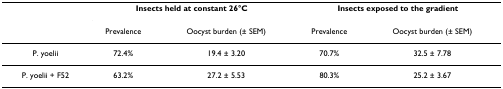
<table><thead><tr><td></td><td colspan="2"><b>Insects held at constant 26°C</b></td><td colspan="2"><b>Insects exposed to the gradient</b></td></tr><tr><td></td><td><b>Prevalence</b></td><td><b>Oocyst burden (± SEM)</b></td><td><b>Prevalence</b></td><td><b>Oocyst burden (± SEM)</b></td></tr></thead><tbody><tr><td>P. yoelii</td><td>72.4%</td><td>19.4 ± 3.20</td><td>70.7%</td><td>32.5 ± 7.78</td></tr><tr><td>P. yoelii + F52</td><td>63.2%</td><td>27.2 ± 5.53</td><td>80.3%</td><td>25.2 ± 3.67</td></tr></tbody></table>